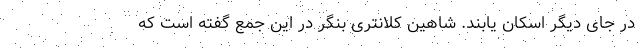
در جای دیگر اسکان یابند. شاهین کلانتری بنگر در این جمع گفته است که